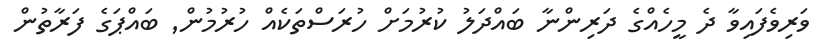
ވަރިވެފައިވާ ދެ މީހެއްގެ ދަރިންނާ ބައްދަލު ކުރުމަށް ހުރަސްތަކެއް ހުރުމުން